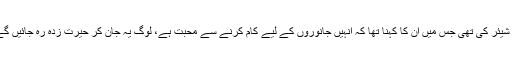
کچھ عرصہ قبل احد نے انسٹاگرام پر ایک پوسٹ شیئر کی تھی جس میں ان کا کہنا تھا کہ انہیں جانوروں کے لیے کام کرنے سے محبت ہے، لوگ یہ جان کر حیرت زدہ رہ جائیں گے کہ جانور آپ کو بدلے میں کتنا پیار دیتے ہیں۔